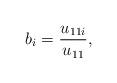
LaTeX: \begin{align*}b_{i}=\frac{u_{11i}}{u_{11}},\end{align*}